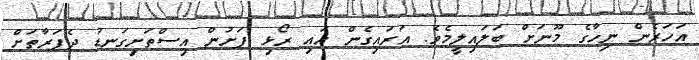
އަހަރެން ނިހާގެ މޫނަށް ބަލައިލީމެވެ. އަރައިގެން އައި ރޯޅި ފަށުން އިސްތަށިގަނޑު ދެފަރާތަށް